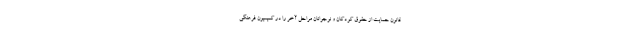
قانون حمایت از حقوق کودکان و نوجوانان مراحل آخر را در کمیسیون فرهنگی